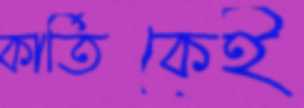
কার্তিকেই